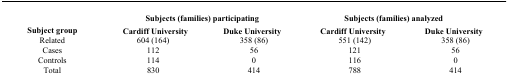
| <ROWSPAN=2> Subject group | <COLSPAN=2> Subjects (families) participating | <COLSPAN=2> Subjects (families) analyzed |
 | Cardiff University | Duke University | Cardiff University | Duke University |
 | --- | --- | --- | --- | --- |
 | Related | 604 (164) | 358 (86) | 551 (142) | 358 (86) |
 | Cases | 112 | 56 | 121 | 56 |
 | Controls | 114 | 0 | 116 | 0 |
 | Total | 830 | 414 | 788 | 414 |